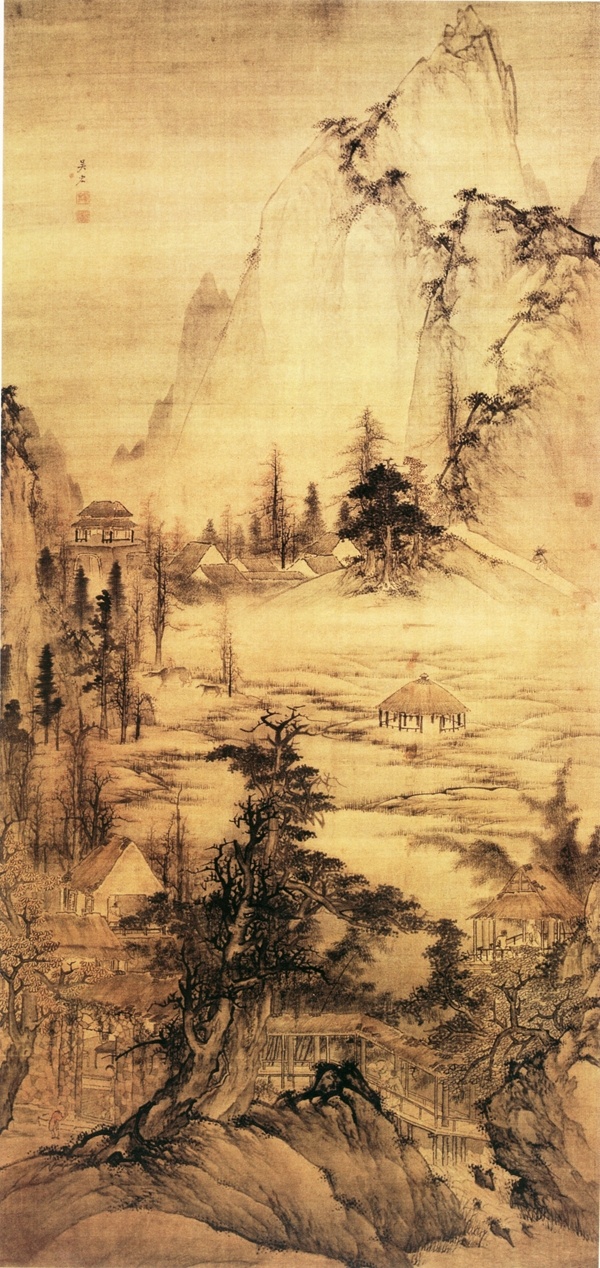
长歌吟松风，曲尽河星稀。